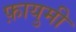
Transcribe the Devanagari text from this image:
फ़ायुमी